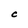
Character: C